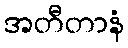
အတီတာနံ